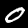
Digit: 0